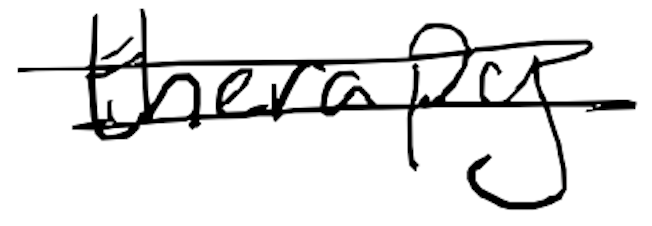
Text: therapy
Cross-out: double-line
Writing tool: digital_black